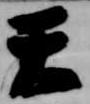
天